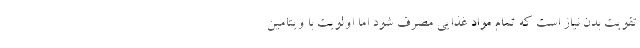
تقویت بدن نیاز است که تمام مواد غذایی مصرف شود اما اولویت با ویتامین